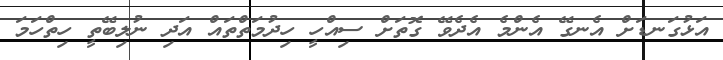
އަޅުގަނޑަށް އެނގޭ އެންމެ އެދެވޭ ގޮތަށް ސިއްހީ ހިދުމަތްތައް އަދި ނުލިބޭތީ ހިތްހަމަ